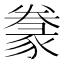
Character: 𰶩